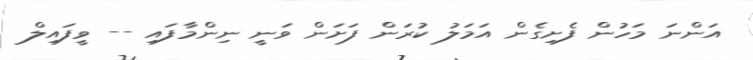
އަންނަ މަހުން ފެށިގެން އަމަލު ކުރަން ފަށަން ވަނީ ނިންމާފައި -- ވީފައިލް